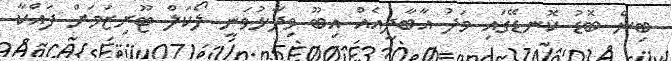
ބިން ބޮޑު ކޮނޑޭގައި މަދު އާބާދީއެއް އިބޫ ވިދާޅުވަނީ ލޯކަލް ޓޫރިޒަމަށް ފައްކާ